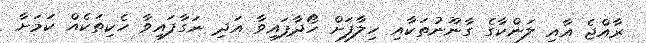
ރާއްޖެ އާއި ލަންކާގެ ގާނޫނުތަކާއި ހިލާފަށް ހޯދާފައިވާ އަދި ނަގާފައިވާ ހެކިތަކެއް ކަމަށާ